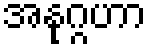
အနုဂ္ဂဟာ